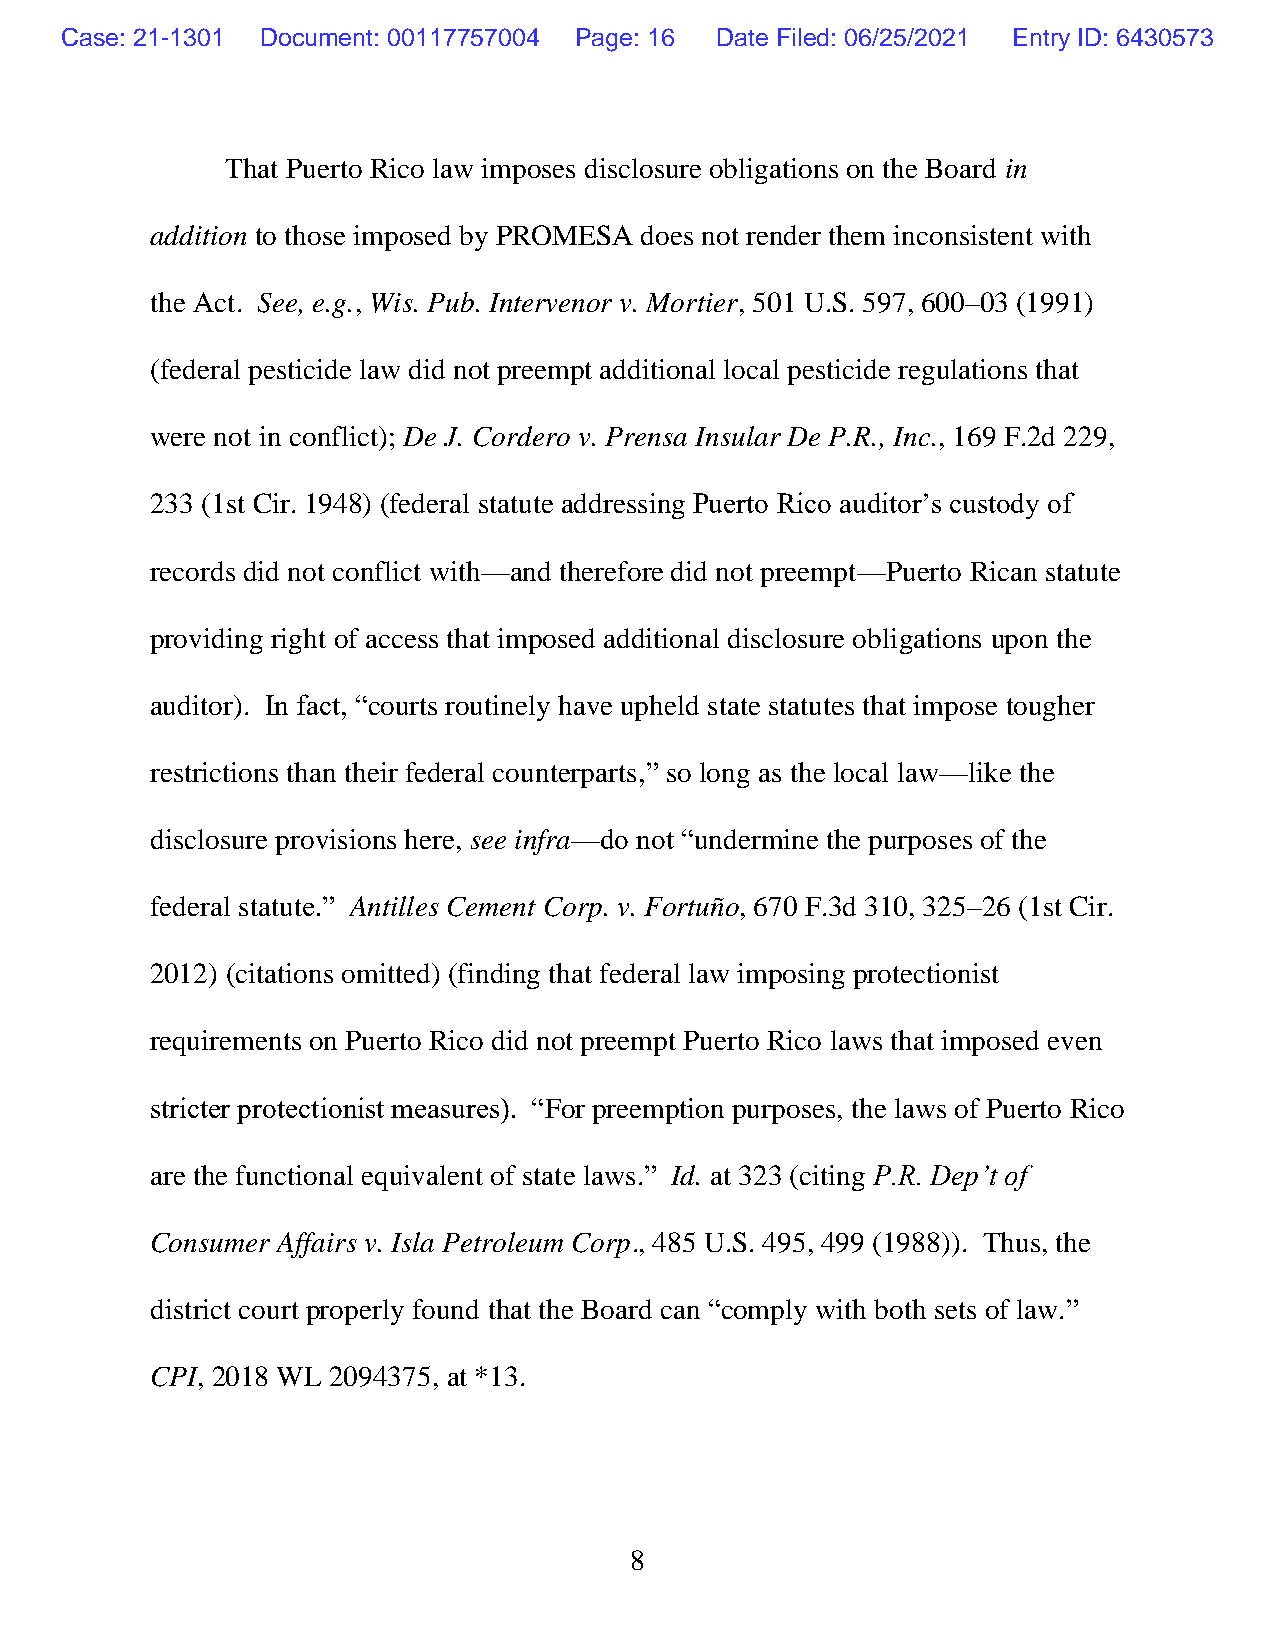
Case: 21-1301 Document: 00117757004 Page: 16 Date Filed: 06/25/2021 Entry ID: 6430573
 That Puerto Rico law imposes disclosure obligations on the Board in
 addition to those imposed by PROMESA does not render them inconsistent with
 the Act. See, e.g., Wis. Pub. Intervenor v. Mortier, 501 U.S. 597, 600–03 (1991)
 (federal pesticide law did not preempt additional local pesticide regulations that
 were not in conflict); De J. Cordero v. Prensa Insular De P.R., Inc., 169 F.2d 229,
 233 (1st Cir. 1948) (federal statute addressing Puerto Rico auditor’s custody of
 records did not conflict with—and therefore did not preempt—Puerto Rican statute
 providing right of access that imposed additional disclosure obligations upon the
 auditor). In fact, “courts routinely have upheld state statutes that impose tougher
 restrictions than their federal counterparts,” so long as the local law—like the
 disclosure provisions here, see infra—do not “undermine the purposes of the
 federal statute.” Antilles Cement Corp. v. Fortuño, 670 F.3d 310, 325–26 (1st Cir.
 2012) (citations omitted) (finding that federal law imposing protectionist
 requirements on Puerto Rico did not preempt Puerto Rico laws that imposed even
 stricter protectionist measures). “For preemption purposes, the laws of Puerto Rico
 are the functional equivalent of state laws.” Id. at 323 (citing P.R. Dep’t of
 Consumer Affairs v. Isla Petroleum Corp., 485 U.S. 495, 499 (1988)). Thus, the
 district court properly found that the Board can “comply with both sets of law.”
 CPI, 2018 WL 2094375, at *13.
 8